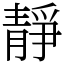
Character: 靜